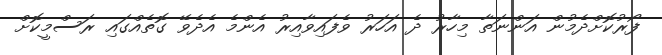
ފޯރުކޮށްދެމުން އަންނަތާ މިހާރު ދެ އަހަރު ވެފައިވާއިރު އެންމެ އެދެވޭ ގޮތެއްގައި ރަސްމީކޮށް